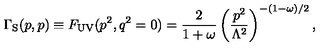
{ \Gamma _ { \mathrm { S } } } ( p , p ) \equiv F _ { \mathrm { U V } } ( p ^ { 2 } , q ^ { 2 } = 0 ) = \frac { 2 } { 1 + \omega } \left( \frac { p ^ { 2 } } { \Lambda ^ { 2 } } \right) ^ { - ( 1 - \omega ) / 2 } ,